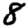
Digit: 8